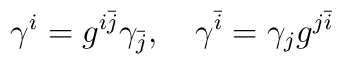
\gamma^{i}=g^{i\bar{j}}\gamma_{\bar{j}},\quad\gamma^{\bar{i}}=\gamma_{j}g^{j\bar{i}}